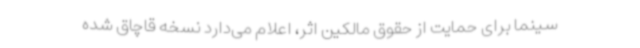
سینما برای حمایت از حقوق مالکین اثر، اعلام می‌دارد نسخه قاچاق شده